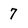
Character: 7